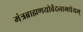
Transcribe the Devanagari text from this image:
मंत्रब्राह्मणयोर्वेदनामधेयम्